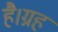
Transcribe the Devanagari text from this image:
है।ग्रह